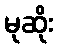
မုဆိုး